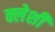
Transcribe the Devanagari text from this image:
क्लेशी